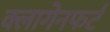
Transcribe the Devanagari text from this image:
क्लागेनफर्ट